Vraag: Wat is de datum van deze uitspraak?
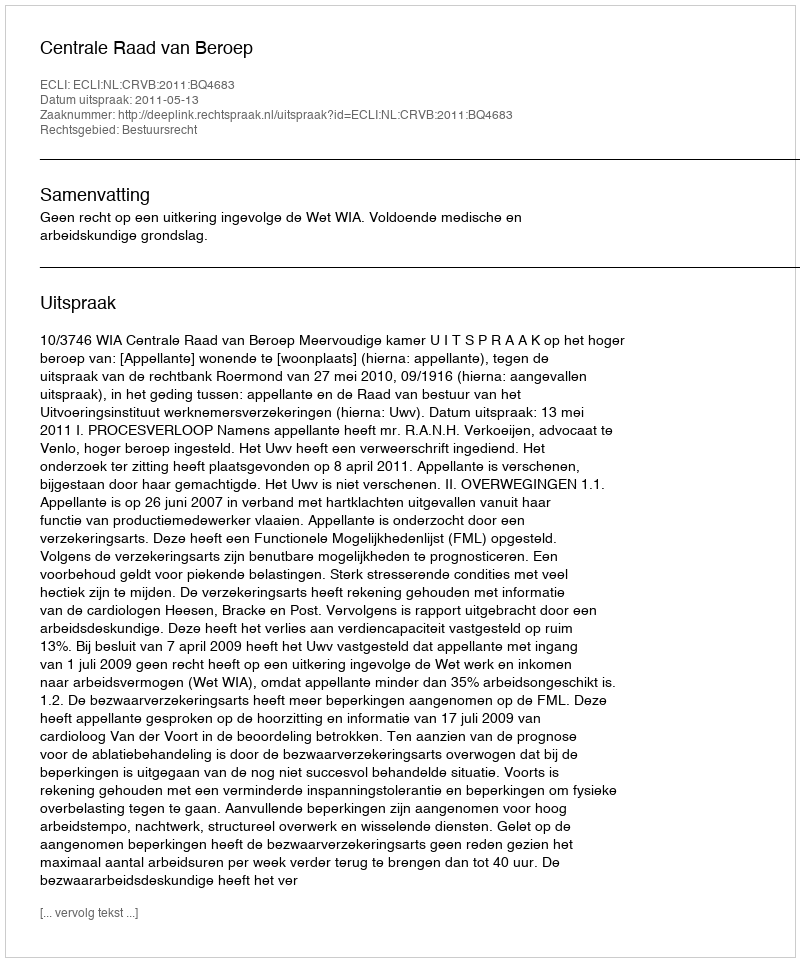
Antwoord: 2011-05-13